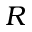
R